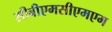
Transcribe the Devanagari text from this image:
सीबीएमसीएमएम